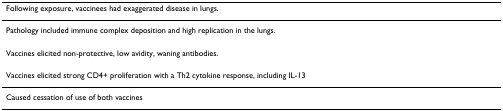
<table><thead><tr><td><b>Following exposure, vaccinees had exaggerated disease in lungs.</b></td></tr></thead><tbody><tr><td>Pathology included immune complex deposition and high replication in the lungs.</td></tr><tr><td>Vaccines elicited non-protective, low avidity, waning antibodies.</td></tr><tr><td>Vaccines elicited strong CD4+ proliferation with a Th2 cytokine response, including IL-13</td></tr><tr><td>Caused cessation of use of both vaccines</td></tr></tbody></table>